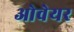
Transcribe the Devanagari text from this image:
ओवेयर